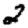
Digit: 2